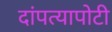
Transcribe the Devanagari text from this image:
दांपत्यापोटी